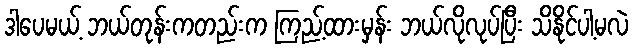
ဒါပေမယ့် ဘယ်တုန်းကတည်းက ကြည့်ထားမှန်း ဘယ်လိုလုပ်ပြီး သိနိုင်ပါ့မလဲ